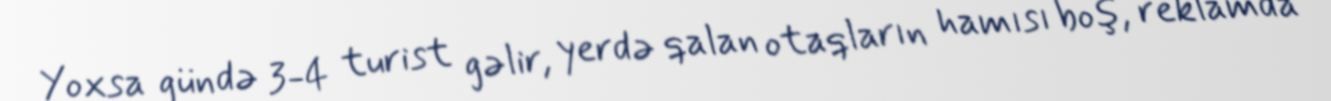
Yoxsa gündə 3-4 turist gəlir, yerdə qalan otaqların hamısı boş, reklamda